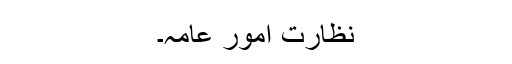
نظارت امور عامہ۔